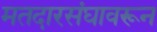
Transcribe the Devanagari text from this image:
मतदारसंघावरून